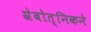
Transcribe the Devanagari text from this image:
स्रेबोत्निकने